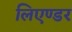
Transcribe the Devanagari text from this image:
लिएण्डर